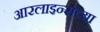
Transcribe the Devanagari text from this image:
आरलाइन्सच्या